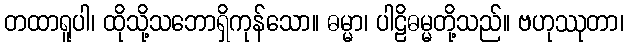
တထာရူပါ၊ ထိုသို့သဘောရှိကုန်သော။ ဓမ္မာ၊ ပါဠိဓမ္မတို့သည်။ ဗဟုဿုတာ၊